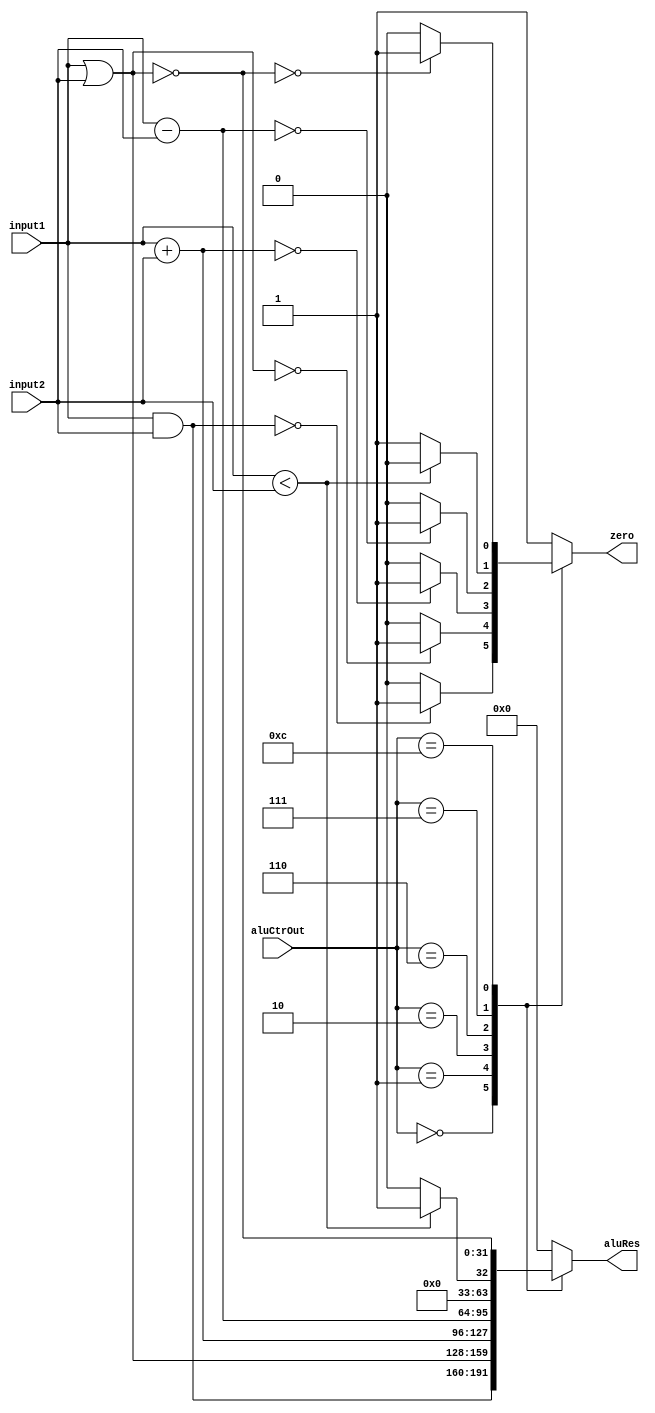
`timescale 1ns / 1ps
//////////////////////////////////////////////////////////////////////////////////
// Company: Shanghai Jiao Tong University
// 
// Design Name: 
// Module Name: ALU
// Project Name: 
// Target Devices: 
// Tool Versions: 
// Description: 
// 
// Dependencies: 
// 
// Revision:
// Revision 0.01 - File Created
// Additional Comments:
// 
//////////////////////////////////////////////////////////////////////////////////


module ALU(
    input [31:0] input1,
    input [31:0] input2,
    input [3:0] aluCtrOut,
    output reg zero,
    output reg [31:0] aluRes    
    );
    
    always @ (input1 or input2 or aluCtrOut)
    begin
        zero=0;
        case(aluCtrOut)
        4'b0000:
        begin
            aluRes=input1&input2;
            if(aluRes==0)
                zero=1;
            else
                zero=0;
        end
        4'b0001:
        begin
            aluRes=input1|input2;
            if(aluRes==0)
                zero=1;
            else
                zero=0;
        end
        4'b0010:
        begin
            aluRes=input1+input2;
            if(aluRes==0)
                zero=1;
            else
                zero=0;
        end
        4'b0110:
        begin
            aluRes=input1-input2;
            if(aluRes==0)
                zero=1;
            else
                zero=0;
        end
        4'b0111:
        begin
            if(input1<input2)
            begin
                aluRes=1;
                zero=0;
            end
            else
            begin
                aluRes=0;
                zero=1;
            end
        end
        4'b1100:
        begin
            aluRes=~(input1|input2);
            if(aluRes==0)
                zero=1;
            else
                zero=0;
        end
        default:
        begin
            aluRes=0;
            zero=1;
        end
        
        endcase
    end
    
endmodule